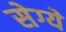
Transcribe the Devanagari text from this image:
सेग्ये